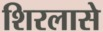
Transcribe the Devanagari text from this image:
शिरलासे